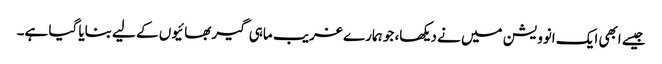
جیسے ابھی ایک انوویشن میں نے دیکھا، جو ہمارے غریب ماہی گیر بھائیوں کے لیے بنایا گیا ہے۔